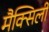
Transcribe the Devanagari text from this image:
मैक्सिली